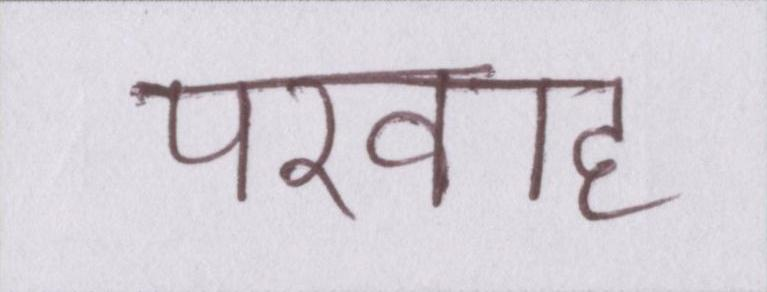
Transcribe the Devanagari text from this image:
परवाह